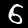
Label: 6